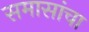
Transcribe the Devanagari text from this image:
समासांचा